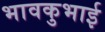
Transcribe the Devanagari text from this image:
भावकुभाई